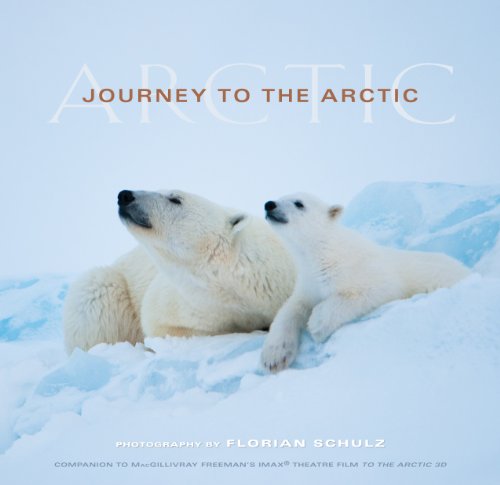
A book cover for Journey to the Arctic; Florian Schulz; Sports & Outdoors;